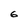
Character: 6